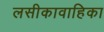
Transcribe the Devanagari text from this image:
लसीकावाहिका